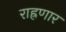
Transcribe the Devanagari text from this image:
राह्रणार